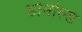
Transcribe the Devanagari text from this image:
डोर्नाल्ड